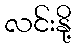
လင်းနို့